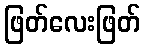
ဖြတ်လေးဖြတ်